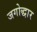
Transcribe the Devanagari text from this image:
जगोद्धार